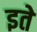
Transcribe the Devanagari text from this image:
इते